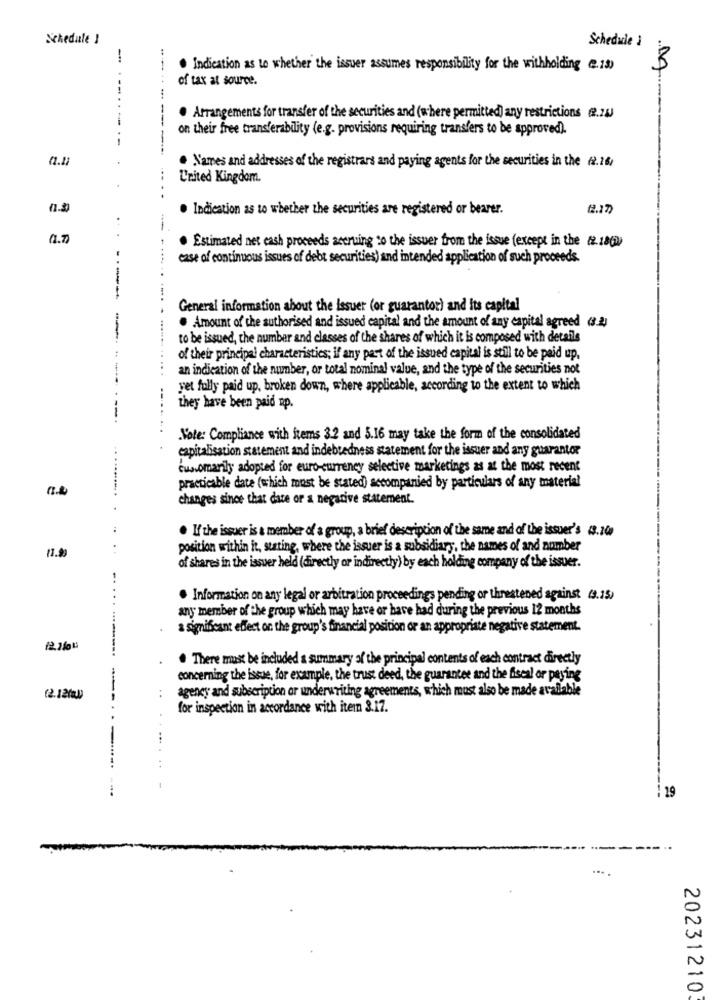
Schedule I
Schedacie J
-
. Indication as to whether the issuer assumes responsibility for the withholding @.19)
of tax at source.
--
- ---
. Arrangements for transfer of the securities and (where permitted) any restrictions (2.24
on their free transferability (e.g. provisions requiring transfers to be approved).
a1.1
. Names and addresses of the registrars and paying agents for the securities in the (2.26/
U'rited Kingdom.
· Indication as to whether the securities are registered or bearer.
(2.17
a1.7
. Estimated net cash proceeds accruing to the issuer from the issue (except in the (2. 18()
case of continuous issues of debt securities) and intended application of such proceeds.
-----
General information about the Issuer (or guarantor) and its capital
. Amount of the authorised and issued capital and the amount of any capital agreed (8.2)
to be issued, the number and classes of the shares of which it is composed with details
of their principal characteristics; if any part of the issued capital is still to be paid up,
an indication of the number, or total nominal value, and the type of the securities not
yet fully paid up, broken down, where applicable, according to the extent to which
they have been paid up.
Vote: Compliance with frems 32 and 5.16 may take the form of the consolidated
capitalisation statement and indebtedness statement for the issuer and any guarantor
customarily adopted for euro-currency selective marketings as at the most recent
practicable date (which must be stated) accompanied by particulars of any material
changes since that date or a negative statement.
. If the issuer is a member of a group, a brief description of the same and of the issuer's 3.200
position within it, stating, where the issuer is a subsidiary, the names of and number
11.99
of shares in the issuer held (directly or indirectly) by each holding company of the issuer.
-.
...
· Information on any legal or arbitration proceedings pending or threatened against (9.15)
any member of the group which may have or have had during the previous 12 months
a significant effect on the group's financial position or an appropriate negative statement.
. There must be included a summary of the principal contents of each contract directly
concerning the issue, for example, the trust deed, the guarantee and the fiscal or paying
agency and subscription or underwriting agreements, which must also be made available
(2.12)
for inspection in accordance with item 3.17.
---------- ---
1 29
20231210